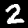
Digit: 2